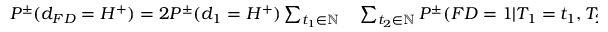
\begin{array} { r l } { P ^ { \pm } ( d _ { F D } = H ^ { + } ) = 2 P ^ { \pm } ( d _ { 1 } = H ^ { + } ) \sum _ { t _ { 1 } \in \mathbb { N } } } & { { } \sum _ { t _ { 2 } \in \mathbb { N } } P ^ { \pm } ( F D = 1 | T _ { 1 } = t _ { 1 } , T _ { 2 } = t _ { 2 } , d _ { 1 } = H ^ { + } ) } \end{array}